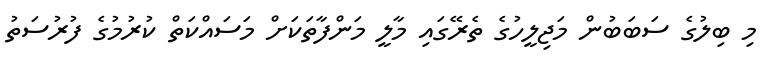
މި ބިލުގެ ސަބަބުން މަޖިލީހުގެ ތެރޭގައި މާލީ މަންފާތަކަށް މަސައްކަތް ކުރުމުގެ ފުރުސަތު